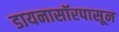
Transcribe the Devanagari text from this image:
डायनासॉरपासून